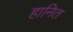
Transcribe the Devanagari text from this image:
हानित